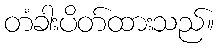
တံခါးပိတ်ထားသည်။